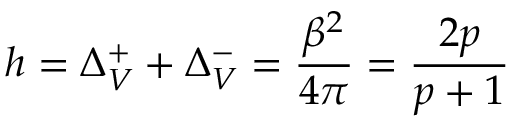
h = \Delta _ { V } ^ { + } + \Delta _ { V } ^ { - } = \displaystyle \frac { \beta ^ { 2 } } { 4 \pi } = \displaystyle \frac { 2 p } { p + 1 }